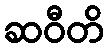
ဆဝီတိ